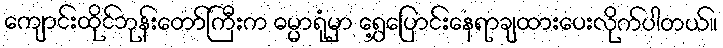
ကျောင်းထိုင်ဘုန်းတော်ကြီးက ဓမ္မာရုံမှာ ရွှေ့ပြောင်းနေရာချထားပေးလိုက်ပါတယ်။